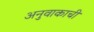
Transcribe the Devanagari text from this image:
अनुवाकाची